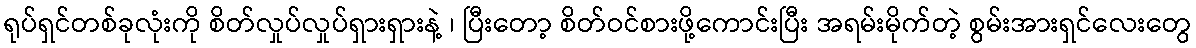
ရုပ်ရှင်တစ်ခုလုံးကို စိတ်လှုပ်လှုပ်ရှားရှားနဲ့ ၊ ပြီးတော့ စိတ်ဝင်စားဖို့ကောင်းပြီး အရမ်းမိုက်တဲ့ စွမ်းအားရှင်လေးတွေ